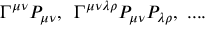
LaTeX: \Gamma ^ { \mu \nu } P _ { \mu \nu } , \, \, \, \Gamma ^ { \mu \nu \lambda \rho } P _ { \mu \nu } P _ { \lambda \rho } , \, \, . . . .